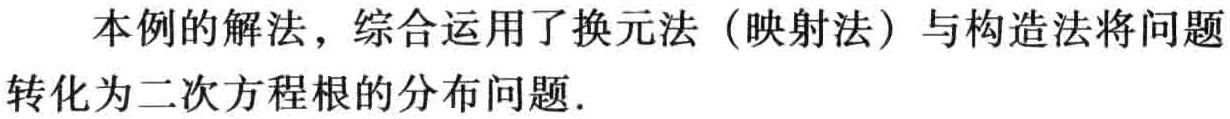
本例的解法，综合运用了换元法（映射法）与构造法将问题转化为二次方程根的分布问题.